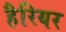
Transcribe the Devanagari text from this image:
हैरियर